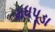
મધપૂડા